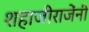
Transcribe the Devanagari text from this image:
शहाजीराजेंनी